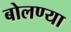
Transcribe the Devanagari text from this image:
बोलण्या